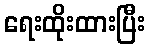
ရေးထိုးထားပြီး